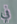
في